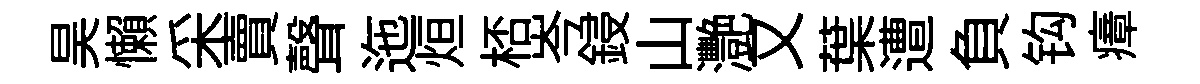
昊懶采賣聲迤烜桮岑鋟山灧又葉遭負钩瘴